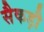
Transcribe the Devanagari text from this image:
सैकड़ौ